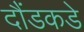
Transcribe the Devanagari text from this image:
दौंडकडे